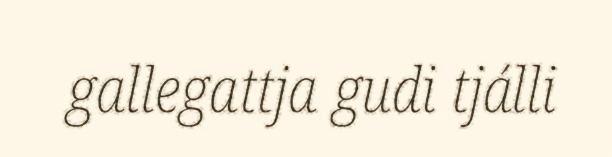
gallegattja gudi tjálli